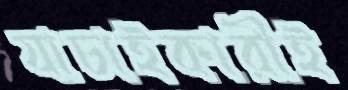
যাচাইকারীই